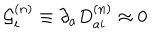
{ \cal G } _ { i } ^ { ( n ) } \equiv \partial _ { a } D _ { a i } ^ { ( n ) } \approx 0